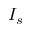
I _ { s }